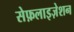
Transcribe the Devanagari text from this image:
सेफ़लाइज़ेशन